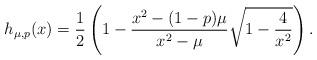
LaTeX: \begin{align*} h_{\mu,p}(x)=\frac{1}{2}\left(1- \frac{x^2-(1-p)\mu}{x^2-\mu} \sqrt{1-\frac{4}{x^2}}\right). \end{align*}